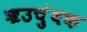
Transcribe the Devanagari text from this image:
ॠउचुंबक